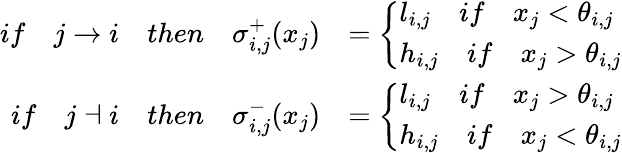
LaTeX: \begin{array}{rl}{if\quad j\rightarrow i\quad then\quad\sigma_{i,j}^{+}(x_{j})}&{=\left\{ \begin{array}{ll}{l_{i,j}\quad if\quad x_{j}<\theta_{i,j}}\\ {h_{i,j}\quad if\quad x_{j}>\theta_{i,j}}\end{array}\right.}\\ {if\quad j\dashv i\quad then\quad\sigma_{i,j}^{-}(x_{j})}&{=\left\{ \begin{array}{ll}{l_{i,j}\quad if\quad x_{j}>\theta_{i,j}}\\ {h_{i,j}\quad if\quad x_{j}<\theta_{i,j}}\end{array}\right.}\end{array}